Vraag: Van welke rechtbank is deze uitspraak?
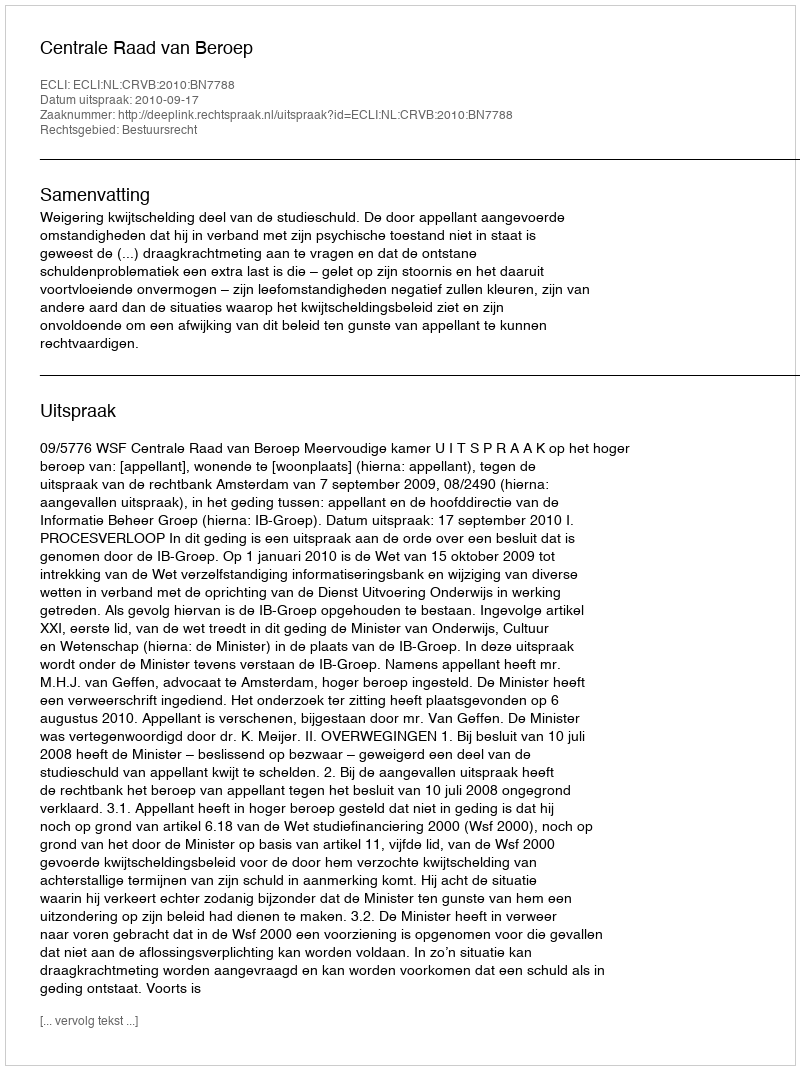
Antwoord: Centrale Raad van Beroep